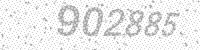
Solution: 902885